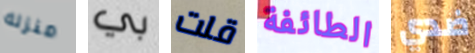
منزله بي قلت الطائفة ضدي